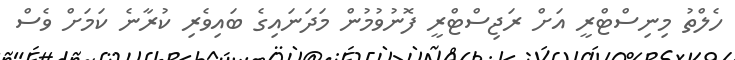
ހެލްތު މިނިސްޓްރީ އަށް ރަޖިސްޓްރީ ފޮނުވުމުން މަދަނައިގެ ބައިވެރި ކުރާނެ ކަމަށް ވެސް